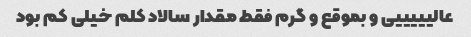
عالیییییی و بموقع و گرم فقط مقدار سالاد کلم خیلی کم بود